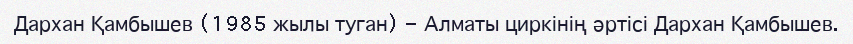
Дархан Қамбышев (1985 жылы туган) - Алматы циркінің әртісі Дархан Қамбышев.